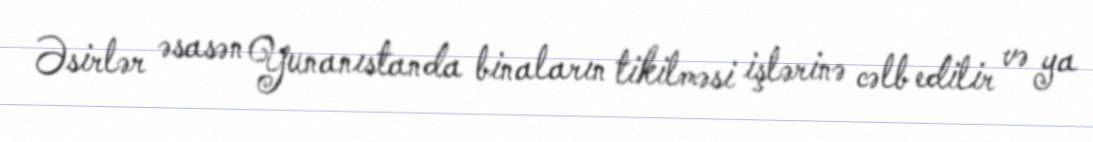
Əsirlər əsasən Yunanıstanda binaların tikilməsi işlərinə cəlb edilir və ya